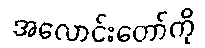
အလောင်းတော်ကို